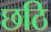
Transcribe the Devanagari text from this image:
छठि